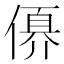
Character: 𠍩